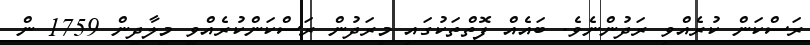
ރަސްކަން ކުރެއްވި ރަދުންނެވެ. ބައެއް ފޮތްތަކުގައި މިރަދުން ރަސްކަންކުރެއްވީ މީލާދީން 1759 ން